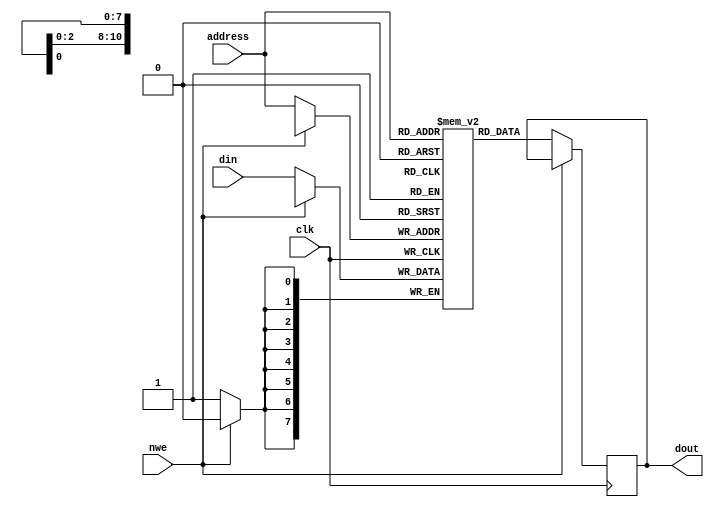
// This program was cloned from: https://github.com/furrtek/Arcade-TMNT_MiSTer
// License: GNU General Public License v2.0

`timescale 1ns/100ps

module ram_sync_sim(
	address,
	nwe,
	clk,
	din,
	dout
);

parameter integer dataBits = 8;
parameter integer addrBits = 11;
parameter initFile = "";

input [addrBits-1:0] address;
input nwe;
input clk;
input [dataBits-1:0] din;
output reg [dataBits-1:0] dout;

integer i, f_init;
wire [dataBits-1:0] d_init;
reg [dataBits-1:0] data[0:(2**addrBits)-1];

initial begin
	if (initFile != "") begin
		/*f_init = $fopen(initFile, "rb");
		 for (i = 0; i < (2**addrBits); i=i+1) begin
			$fread(d_init, f_init);
			 data[i] <= d_init;
		end
		$fclose(f_init);*/
		$readmemh(initFile, data);
	end else begin
		// Clear to zero
		for (i = 0; i < (2**addrBits); i=i+1) begin
			data[i] <= {dataBits{1'b0}};
		end
	end
end

always @(posedge clk) begin
	if (!nwe) begin
		#1 data[address] <= din;
		dout <= data[address];
	end
end

endmodule